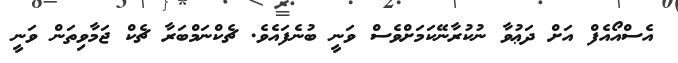
އެސްއޯއެފް އަށް ދަޢުވާ ނުކުރާނޭކަމަށްވެސް ވަނީ ބުނެފައެވެ. ޗެކްނަމްބަރާ ޗެކް ޖަމާވިތަން ވަނީ